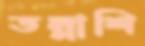
তল্লাশি